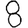
Digit: 8